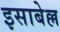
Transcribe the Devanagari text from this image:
इसाबेल्ल